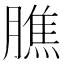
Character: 膲